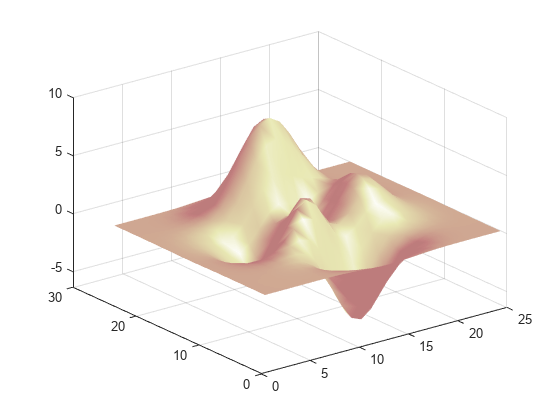
matlab, mesh, surfl, colormap